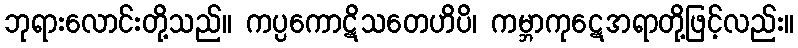
ဘုရားလောင်းတို့သည်။ ကပ္ပကောဋိသတေဟိပိ၊ ကမ္ဘာကုဋေအရာတို့ဖြင့်လည်း။